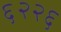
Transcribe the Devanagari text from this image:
६२२६